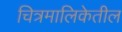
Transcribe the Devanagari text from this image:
चित्रमालिकेतील